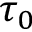
\tau _ { 0 }